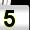
Digit: 5